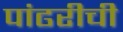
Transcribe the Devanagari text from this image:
पांढरीची